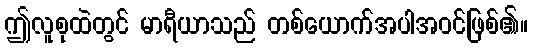
ဤလူစုထဲတွင် မာရီယာသည် တစ်ယောက်အပါအဝင်ဖြစ်၏။